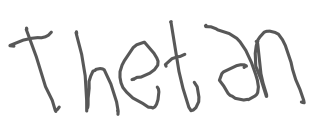
Text: Thetan
Cross-out: clean
Writing tool: digital_gray